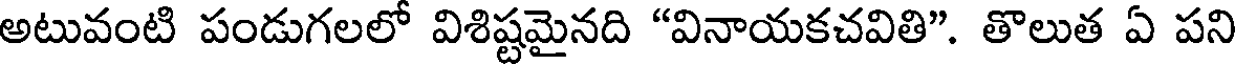
అటువంటి పండుగలలో విశిష్టమైనది "వినాయకచవితి". తొలుత ఏ పని